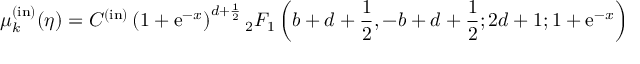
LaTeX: \mu _ { k } ^ { \mathrm { ( i n ) } } ( \eta ) = C ^ { ( \mathrm { i n ) } } \left( 1 + \mathrm { e } ^ { - x } \right) ^ { d + { \frac { 1 } { 2 } } } { } _ { 2 } F _ { 1 } \left( b + d + { \frac { 1 } { 2 } } , - b + d + { \frac { 1 } { 2 } } ; 2 d + 1 ; 1 + \mathrm { e } ^ { - x } \right)